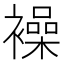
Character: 襙